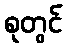
စုတွင်